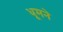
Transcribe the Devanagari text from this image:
धूमने